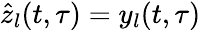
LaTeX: \hat{z}_{l}(t,\tau)=y_{l}(t,\tau)